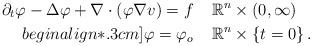
LaTeX: \begin{align*}\partial_{t}\varphi - \Delta\varphi + \nabla\cdot(\varphi \nabla v) = f \;\; &\;\;\mathbb{R}^{n}\times(0,\infty)\\begin{align*}.3cm]\varphi = \varphi_o \;\; &\;\;\mathbb{R}^{n}\times\{t=0\}\,.\end{align*}